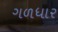
ગળધાર